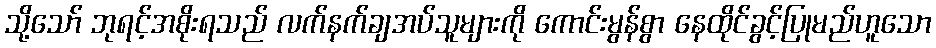
သို့သော် ဘုရင့်အစိုးရသည် လက်နက်ချအပ်သူများကို ကောင်းမွန်စွာ နေထိုင်ခွင့်ပြုမည်ဟူသော